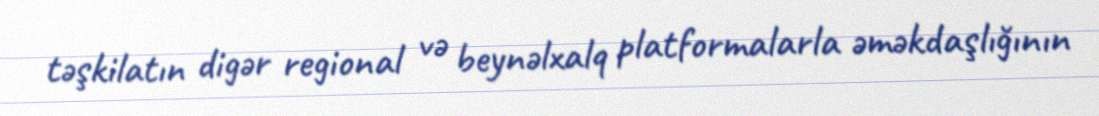
təşkilatın digər regional və beynəlxalq platformalarla əməkdaşlığının